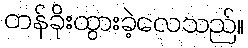
တန်ခိုးထွားခဲ့လေသည်။